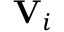
\mathbf { V } _ { i }